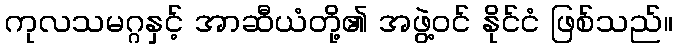
ကုလသမဂ္ဂနှင့် အာဆီယံတို့၏ အဖွဲ့ဝင် နိုင်ငံ ဖြစ်သည်။